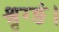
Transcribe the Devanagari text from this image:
श्रृग्ङं।